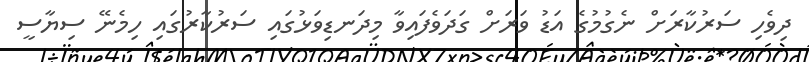
ދިވެހި ސަރުކާރަށް ނެގުމުގެ އަޑު ވަރަށް ގަދަވެފައިވާ މިދަނޑިވަޅުގައި ސަރުކާރުގައި ހިމެނޭ ސިޔާސީ